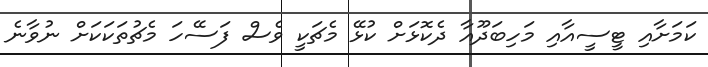
ކަމަށާއި ޓީސީއާއި މަހިބަދޫއާ ދެކޮޅަށް ކުޅޭ މެޗަކީ ވެސް ފަސޭހަ މެޗުތަކަކަށް ނުވާނެ